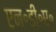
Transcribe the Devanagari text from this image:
एन॰डी॰ए॰